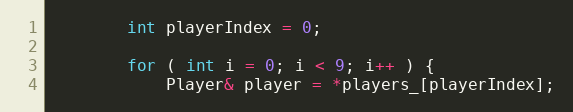
Language: C
		int playerIndex = 0;

		for ( int i = 0; i < 9; i++ ) {
			Player& player = *players_[playerIndex];